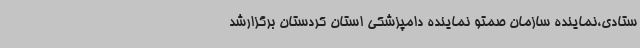
ستادی،نماینده سازمان صمتو نماینده دامپزشکی استان کردستان برگزارشد